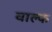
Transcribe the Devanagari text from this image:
वाल्फ